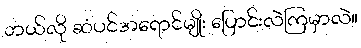
ဘယ်လို ဆံပင်အရောင်မျိုး ပြောင်းလဲကြမှာလဲ။